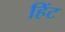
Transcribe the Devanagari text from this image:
हिंट